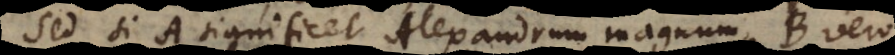
Sed si A significet Alexandrum Magnum, B vero